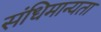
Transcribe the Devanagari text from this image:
संधिमान्यता